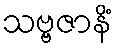
သဗ္ဗဇာနိံ